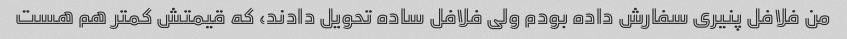
من فلافل پنیری سفارش داده بودم ولی فلافل ساده تحویل دادند، که قیمتش کمتر هم هست